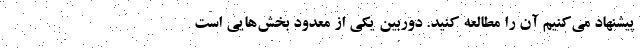
پیشنهاد می‌کنیم آن را مطالعه کنید. دوربین یکی از معدود بخش‌هایی است